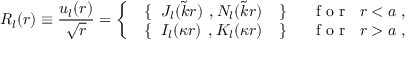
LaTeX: R _ { l } ( r ) \equiv \frac { u _ { l } ( r ) } { \sqrt { r } } = \left\{ \begin{array} { l r } { { \mathrm { \boldmath \large ~ \left\{ ~ \right. ~ } \! \! \! J _ { l } ( \tilde { k } r ) \mathrm { \boldmath \large ~ , ~ } \! \! N _ { l } ( \tilde { k } r ) \mathrm { \boldmath \large ~ \left. ~ \right\} ~ } \! \! \; } } & { { \textrm { f o r } \; \; r < a \; , } } \\ { { \mathrm { \boldmath \large ~ \left\{ ~ \right. ~ } \! \! \! I _ { l } ( \kappa r ) \mathrm { \boldmath \large ~ , ~ } \! \! K _ { l } ( \kappa r ) \mathrm { \boldmath \large ~ \left. ~ \right\} ~ } \! \! \; } } & { { \textrm { f o r } \; \; r > a \; , } } \end{array} \right. \; \;